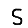
Digit: 5